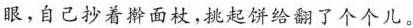
眼，自己抄着擀面杖，双选编辑合翻了一个个儿。